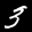
Label: 3